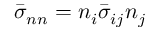
\bar { \sigma } _ { n n } = n _ { i } \bar { \sigma } _ { i j } n _ { j }